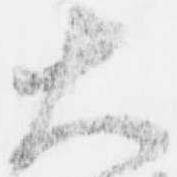
大